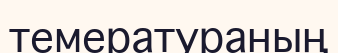
темератураның